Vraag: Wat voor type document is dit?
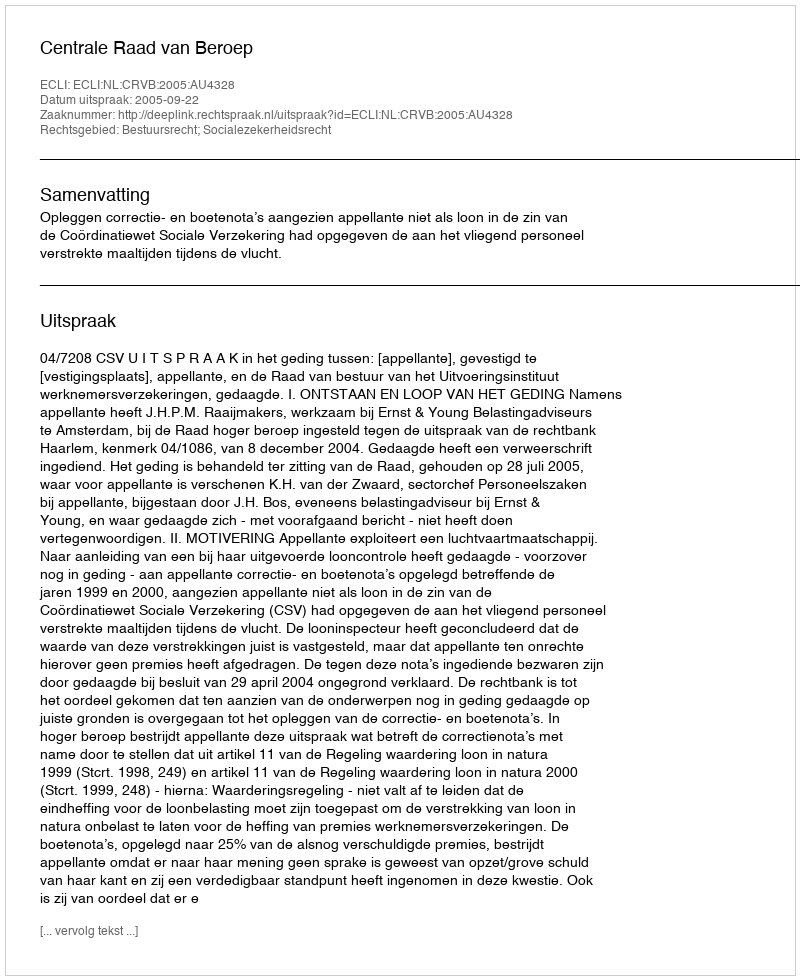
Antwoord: Uitspraak